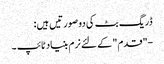
ڈریگ بٹ کی دو صورتیں ہیں:
-"قدم" کے لئے نرم بنیاد ٹائپ ۔